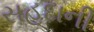
સહદાની